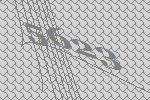
5623